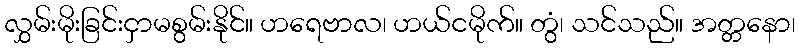
လွှမ်းမိုးခြင်းငှာမစွမ်းနိုင်။ ဟရေဗာလ၊ ဟယ်ငမိုက်။ တွံ၊ သင်သည်။ အတ္တနော၊